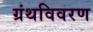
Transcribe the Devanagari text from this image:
ग्रंथविवरण